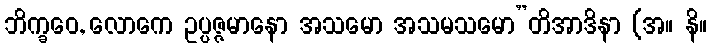
ဘိက္ခဝေ, လောကေ ဥပ္ပဇ္ဇမာနော အသမော အသမသမော”တိအာဒိနာ (အ။ နိ။